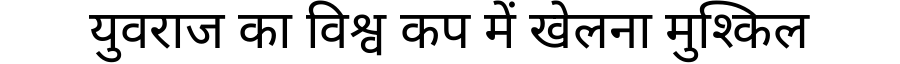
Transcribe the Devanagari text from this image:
युवराज का विश्व कप में खेलना मुश्किल